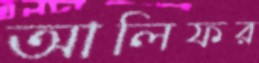
আলিফর